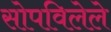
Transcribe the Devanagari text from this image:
सोपविलेले